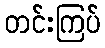
တင်းကြပ်